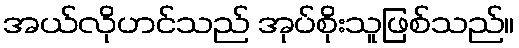
အယ်လိုဟင်သည် အုပ်စိုးသူဖြစ်သည်။